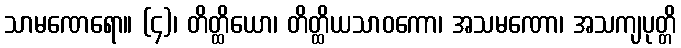
သာမဏေရော။ (၄)၊ တိတ္ထိယော၊ တိတ္ထိယသာဝကော၊ အသမဏော၊ အသကျပုတ္တိ